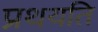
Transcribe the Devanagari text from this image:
प्रथयति